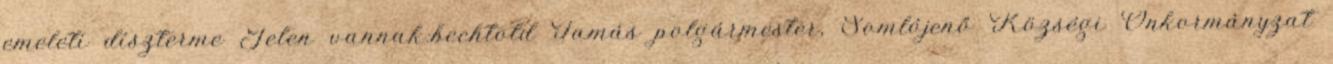
emeleti díszterme Jelen vannak:bechtold Tamás polgármester, Somlójenő Községi Önkormányzat